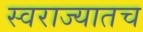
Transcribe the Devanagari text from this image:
स्वराज्यातच